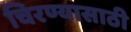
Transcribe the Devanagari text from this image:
चिरण्यासाठी